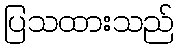
ပြသထားသည်